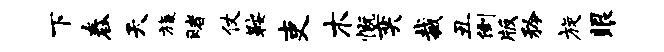
下舂天旒赌仗鞍吏木慨奕裁丑倒版矜旋眼